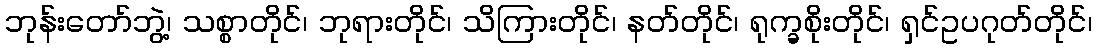
ဘုန်းတော်ဘွဲ့၊ သစ္စာတိုင်၊ ဘုရားတိုင်၊ သိကြားတိုင်၊ နတ်တိုင်၊ ရုက္ခစိုးတိုင်၊ ရှင်ဥပဂုတ်တိုင်၊